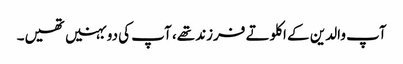
آپ والدین کے اکلوتے فرزند تھے، آپ کی دو بہنیں تھیں۔